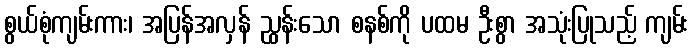
စွယ်စုံကျမ်းကား၊ အပြန်အလှန် ညွှန်းသော စနစ်ကို ပထမ ဦးစွာ အသုံးပြုသည့် ကျမ်း